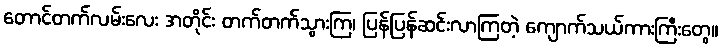
တောင်တက်လမ်းလေး အတိုင်း တက်တက်သွားကြ၊ ပြန်ပြန်ဆင်းလာကြတဲ့ ကျောက်သယ်ကားကြီးတွေ။